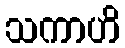
သကာဟိ